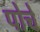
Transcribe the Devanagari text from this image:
पोचे